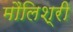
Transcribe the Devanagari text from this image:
मौलिश्री